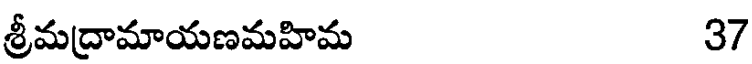
శ్రీమద్రామాయణమహిమ 37